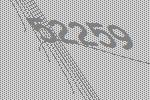
52259